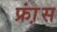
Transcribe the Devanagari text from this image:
फ्रा़ंस